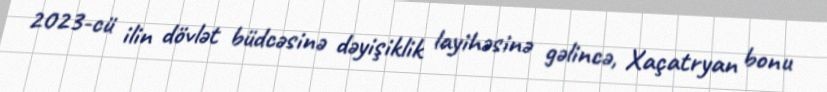
2023-cü ilin dövlət büdcəsinə dəyişiklik layihəsinə gəlincə, Xaçatryan bonu